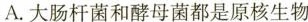
A.大肠杆菌和酵母菌都是原核生物